Leaving Certificate Examination, 1911
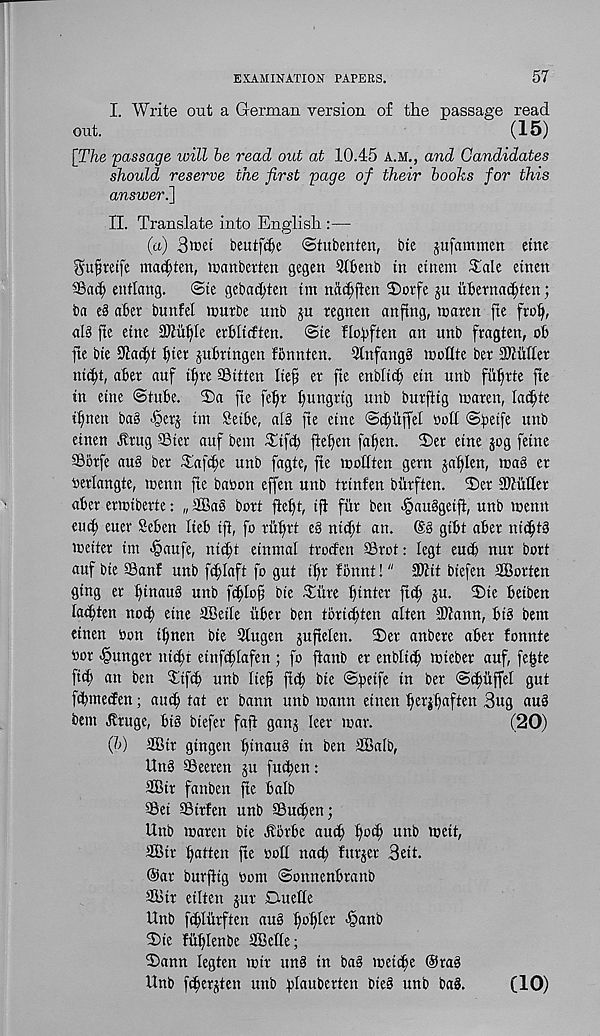
EXAMINATION PAPERS.
57
I. Write out a German version of the passage read
out.
(15)
[The passage will he read out at 10.45 A.M., and Candidates
should reserve the first page of their hooks for this
answeri]
II. Translate into English :—
(a) 3wet beutfdje ©tubenten, bte jufammen etne
gufmife marten, icanbcrten gegen 9I6enb in cittern Tale einett
3Bac() entlang.
©te gebac^ten tm nac^ften 2)orfe ju iibernac^ten;
ba e§ abet bmtfel nmrbe unb ju regnen an^ng, aarett fie ftofj,
alg fie eine SOtii^Ie erWicften. ©te flobften an unb ftagten, ob
jte bie 9lac^t fyn jubrtngen fbnnten. 5tnfang§ tnoflte bet buffer
nic^t, aber auf tf)re SBitten Ite§ et fie enbltdj etn unb fiifirte fte
in eine ©tube. 2)a fie feljt ftungrig unb burftig tnaren, ladjte
i^nen bag •§erj tin Seibe, alb fte eine ©djtiffel Holt ©beife unb
etnen Jlrug SBier auf bent Tifcb fteben faben. 2)et etne jog fetne
SSbrfe au§ bet Tafc^e unb fagtc, fte icottten gern jablen, mag et
oerlangte, toenn fte baoon effen unb trinfen biirften. ©et iKitffet
abet ettribette: „ 4Bas bott ftebt, iff fiir ben .§auggeift, unb tnenn
emf) euet Seben Iteb ift, fo tu^tt eg nicftt an. (§g gibt abet nit^tg
toeitet tm «§aufe, nit^t einntal ttocfen 33rot: legt eu^ nut bort
auf bie SBanf unb fcblaft fo gut i^t fonnt!" 9Kit biefen SBotten
ging et bincmb unb fdjlof! bie Tiite biniet fttb ju. ©ie beiben
lacbten nocb eine SBetle itbet ben totidhen alien SWann, big bem
einen oon ibnen bie Stugen juftelen. ©et anbete abet fonnte
oot -§unget nicbt einfcbtafen ; fo ftanb et enblicb roiebet auf, fetjte
M an ben Tiftb unb lieb ftcb bte ©beife in bet ©cbitffel gut
fcbnteifen; amb tat er bann unb wann einen betjb«fi«n 3ug aug
bent ^tuge, big btefer fail ganj leet mat.
(20)
(h) 2Btt gingen bittaug in ben 3BaIb,
ling Seeten ju fucben:
2Bit fanben fte balb
3Sei SSttfen unb SBu^en;
Unb maten bie Jlbtbe autb b°$ uttb meit,
Sit bahen fte oolt nacb futjet Beit.
®at butfitg Oont ©onnenbtanb
Shit eilten jut Duehe
Unb ftblurften aug bG)iet ^anb
©ie fitblenbe SBeffe;
©ann legten mit ting in bag meidfe ©tag
Unb fcbetjten unb bGubctten bieg unb bag.
(10)